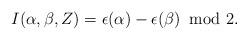
LaTeX: \begin{align*} I(\alpha,\beta,Z)=\epsilon(\alpha)-\epsilon(\beta) \,\,\,\mathrm{mod}\,\,2. \end{align*}